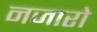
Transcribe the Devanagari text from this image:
नजारो